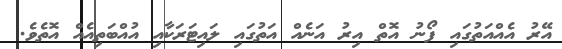
އޭރު އެއްއަތުގައި ފޯނު އޮތް އިރު އަނެއް އަތުގައި ލައިޓަރަކާއި އުއްބަތިއެއް އޮތެވެ.